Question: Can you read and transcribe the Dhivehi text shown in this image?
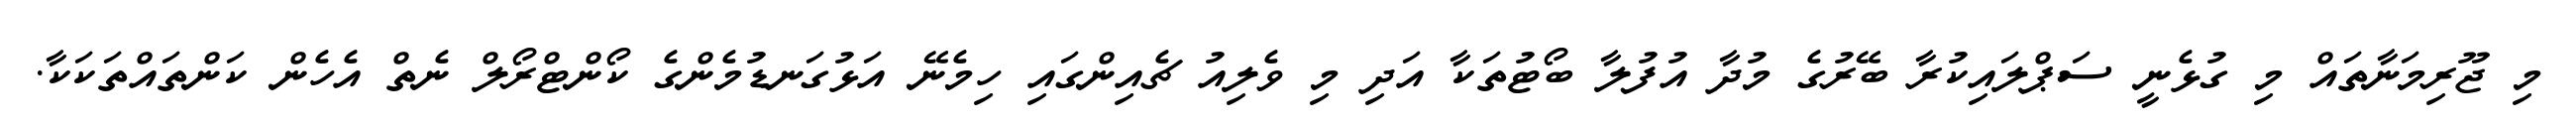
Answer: މި ޖޫރިމަނާތައް މި ގުޅެނީ ސަޕްލައިކުރާ ބޭރުގެ މުދާ އުފުލާ ބޯޓުތަކާ އަދި މި ވެލިއު ޗެއިންގައި ހިމެނޭ އަޅުގަނޑުމެންގެ ކޯންޓްރޯލް ނެތް އެހެން ކަންތައްތަކަކާ.